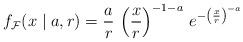
LaTeX: \begin{align*}f_{\mathcal{F}}(x \mid a, r) = \frac{a}{r} \, \left( \frac{x}{r}\right)^{-1-a} \, e^{-\left( \frac{x}{r} \right)^{-a}}\end{align*}